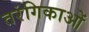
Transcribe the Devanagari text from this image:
तरंगिकाओं